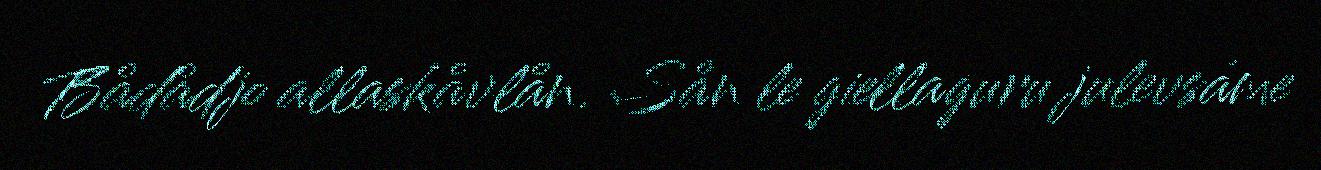
Bådådjo allaskåvlån. Sån le giellaguru julevsáme